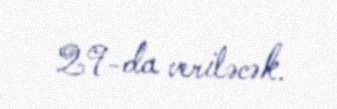
29-da veriləcək.